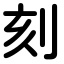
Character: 刻